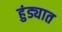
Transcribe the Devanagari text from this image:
हुंड्यात